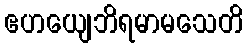
ဧဟယျေဘိရမာမသေတိ